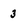
Character: 3